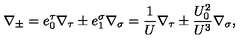
\nabla _ { \pm } = e _ { 0 } ^ { \tau } \nabla _ { \tau } \pm e _ { 1 } ^ { \sigma } \nabla _ { \sigma } = \frac { 1 } { U } \nabla _ { \tau } \pm \frac { U _ { 0 } ^ { 2 } } { U ^ { 3 } } \nabla _ { \sigma } ,